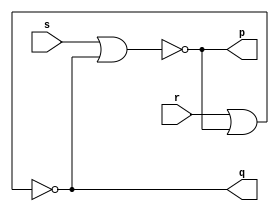
//
// AC 1 - 2010
// TP 08_04
// Nome:Henrique Carvalho Parreira
//


module ex01 ( p, q, r, s );
	input  r, s;
	output p, q;
	
	reg n1,n2;
	
	nor NOR1(p,s,q);
	nor NOR2(q,r,p);
	
endmodule


module ex02 ( p, q, pr, cl, r, s );
	input  r, s, pr, cl;
	output p, q;
	
	reg n1,n2;
	
	nand NAND1(p,pr,s,q);
	nand NAND2(q,cl,r,p);
	
endmodule


module ex03 ( p, q, pr, cl, d );
	input  d, pr, cl;
	output p, q;
	
	reg  n1,n2;
	wire nd;
	
	not NOT1(nd,d);
	
	nand NAND1(p,pr, d,q);
	nand NAND2(q,cl,nd,p);
	
endmodule


module ex05 ( p, q, d );
	input  d;
	output p, q;
	
	reg  n1,n2;
	wire nd;
	
	not NOT1(nd,d);
	
	nor NOR1(p, d,q);
	nor NOR2(q,nd,p);

endmodule


module teste;
	reg  r1,r2,s1,s2,d1,d2,cl1,pr1,cl2,pr2;
	wire p1,p2,p3,p4,q1,q2,q3,q4;
	
	ex01 EX1(p1,q1,r1,s1);
	ex02 EX2(p2,q2,pr1,cl1,r2,s2);
	ex03 EX3(p3,q3,pr2,cl2,d1);
	ex05 EX5(p4,q4,d2);

	initial begin
		r1=0; s1=0;
		
		
		 $display("Henrique Carvalho Parreira - 347133");
      $display("Guia 10");
		$display("AC - 2010");

		$display("Exer 1");
		$monitor("r = %b; s = %b: Q' = %b; Q = %b",r1,s1,p1,q1);
		#1 r1=1; s1=0;
		#1 r1=0;s1=0;
		#1 r1=0;s1=1;
		#1 r1=0;s1=0;
		#1 r1=1;s1=0;
		r2=0;s2=0;cl1=0;pr1=0;
		
		$display("Exer 2, 4");
		$monitor("r = %b; s = %b; Clear = %b; Preset = %b: Q' = %b; Q = %b",r2,s2,cl1,pr1,p2,q2);
		
		   
		#1 r2=0;s2=0;cl1=0;pr1=0;
		#1 r2=0;s2=0;cl1=0;pr1=0;
		#1 r2=1;s2=0;cl1=1;pr1=0;
		#1 r2=0;s2=0;cl1=1;pr1=0;
		#1 r2=1;s2=0;cl1=1;pr1=1;
		#1 r2=0;s2=1;cl1=1;pr1=1;
		#1 r2=0;s2=1;cl1=1;pr1=1;
		#1 r2=0;s2=0;cl1=1;pr1=1;
		d1=0;cl2=0;pr2=0;
		
		$display("Exer 3");
		$monitor("d = %b; Clear = %b: Preset = %b: Q' = %b; Q = %b",d1,cl2,pr2,p3,q3);
		#1 d1=1;cl2=0;pr2=0;
		#1 d1=0;cl2=1;pr2=0;
		#1 d1=1;cl2=1;pr2=0;
		#1 d1=0;cl2=0;pr2=1;
		#1 d1=1;cl2=0;pr2=1;
		#1 d1=1;cl2=1;pr2=1;
		#1 d1=0;cl2=1;pr2=1;
		d2 = 0;
		
		$display("Exer 5");
		$monitor("d = %b: Q' = %b; Q = %b",d2,p4,q4);
		#1 d2 = 1;
		
	end
endmodule